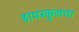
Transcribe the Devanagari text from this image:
हायस्कुलचा